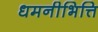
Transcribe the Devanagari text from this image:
धमनीभित्ति